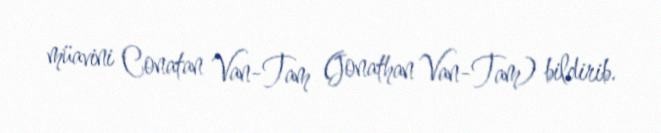
müavini Conatan Van-Tam (Jonathan Van-Tam) bildirib.